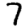
Digit: 7